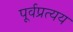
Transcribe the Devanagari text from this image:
पूर्वप्रत्यय